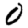
Digit: 0